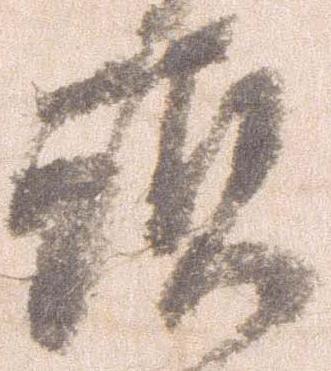
頭